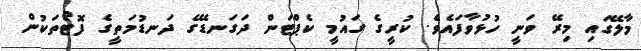
މާލޭގައި މިރޭ ވަނީ ހުޅުވާފައެވެ. ކުރީގެ ގައުމީ ކެޕްޓަން ދަގަނޑޭގެ ދަނޑުމަތީގެ ފޮޓޯތަކުން